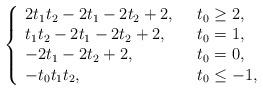
LaTeX: \begin{align*}\left\{ \begin{array}{ll}2t_{1}t_{2}-2t_{1}-2t_{2}+2, & ~~ t_{0}\geq 2,\\t_{1}t_{2}-2t_{1}-2t_{2}+2, & ~~ t_{0}=1,\\-2t_{1}-2t_{2}+2, & ~~ t_0=0,\\-t_{0}t_{1}t_{2}, & ~~ t_0\leq-1,\end{array}\right.\end{align*}